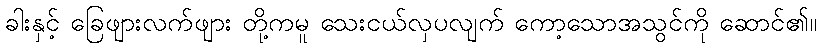
ခါးနှင့် ခြေဖျားလက်ဖျား တို့ကမူ သေးငယ်လှပလျက် ကော့သောအသွင်ကို ဆောင်၏။